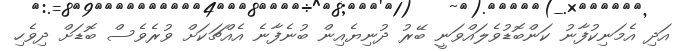
އަދި އެމަނިކުފާނު ކަންބޮޑުވެލައްވަނީ ބޭރު ދުނިޔެއިން ބުނެފާނެ އެއްޗަކަށް ވުރެވެސް ބޮޑަށް ދިވެހި